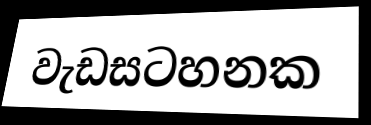
වැඩසටහනක